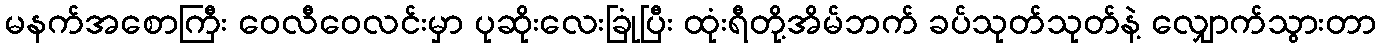
မနက်အစောကြီး ဝေလီဝေလင်းမှာ ပုဆိုးလေးခြုံပြီး ထုံးရီတို့အိမ်ဘက် ခပ်သုတ်သုတ်နဲ့ လျှောက်သွားတာ